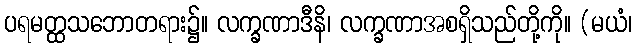
ပရမတ္ထသဘောတရား၌။ လက္ခဏာဒီနိ၊ လက္ခဏာအစရှိသည်တို့ကို။ (မယံ၊